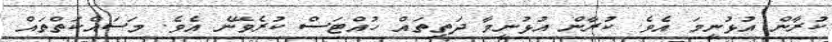
ކުރާން އުޅުނީމަ އެވެ. ކުރާން އުޅުނީމާ ދަތިތައް ހުއްޓަސް ކުރެވޭނެ އެވެ. މަސައްކަތްތައް